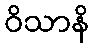
ဝိသာနိ